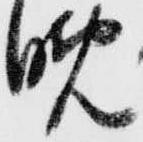
晩